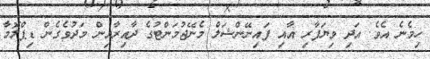
ހިމެނެ އެވެ. އަދި ވިޔަފާރި އާއި ފައިނޭންޝަލް މެނޭޖުމަންޓުގެ ދާއިރާއިން މަދުވެގެން ޑިޕްލޮމާ